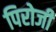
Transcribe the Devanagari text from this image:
पिरोजी